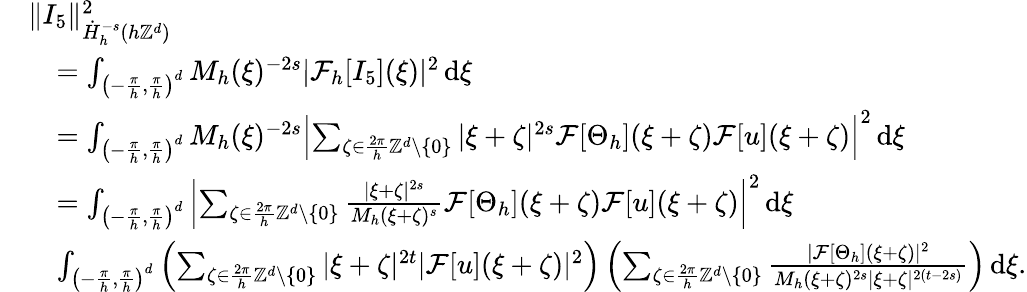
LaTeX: \begin{array}{rl}&{\| I_{5}\| _{\dot{H}_{h}^{-s}(h\mathbb{Z}^{d})}^{2}}\\ &{\quad=\int_{\left(-\frac{\pi}{h},\frac{\pi}{h}\right)^{d}}M_{h}(\xi)^{-2s}|\mathcal{F}_{h}[I_{5}](\xi)|^{2}\, \mathrm{d}\xi}\\ &{\quad=\int_{\left(-\frac{\pi}{h},\frac{\pi}{h}\right)^{d}}M_{h}(\xi)^{-2s}\left|\sum_{\zeta\in\frac{2\pi}{h}\mathbb{Z}^{d}\setminus\{ 0\} }|\xi+\zeta|^{2s}\mathcal{F}[\Theta_{h}](\xi+\zeta)\mathcal{F}[u](\xi+\zeta)\right|^{2}\, \mathrm{d}\xi}\\ &{\quad=\int_{\left(-\frac{\pi}{h},\frac{\pi}{h}\right)^{d}}\left|\sum_{\zeta\in\frac{2\pi}{h}\mathbb{Z}^{d}\setminus\{ 0\} }\frac{|\xi+\zeta|^{2s}}{M_{h}(\xi+\zeta)^{s}}\mathcal{F}[\Theta_{h}](\xi+\zeta)\mathcal{F}[u](\xi+\zeta)\right|^{2}\, \mathrm{d}\xi}\\ &{\quad\le\int_{\left(-\frac{\pi}{h},\frac{\pi}{h}\right)^{d}}\left(\sum_{\zeta\in\frac{2\pi}{h}\mathbb{Z}^{d}\setminus\{ 0\} }|\xi+\zeta|^{2t}|\mathcal{F}[u](\xi+\zeta)|^{2}\right)\left(\sum_{\zeta\in\frac{2\pi}{h}\mathbb{Z}^{d}\setminus\{ 0\} }\frac{|\mathcal{F}[\Theta_{h}](\xi+\zeta)|^{2}}{M_{h}(\xi+\zeta)^{2s}|\xi+\zeta|^{2(t-2s)}}\right)\, \mathrm{d}\xi.}\end{array}